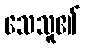
သေသူ၏